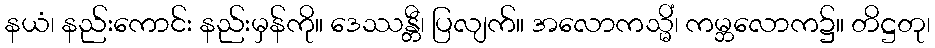
နယံ၊ နည်းကောင်း နည်းမှန်ကို။ ဒေဿန္တီ၊ ပြလျက်။ အလောကသ္မိံ၊ ကမ္ဘလောက၌။ တိဋ္ဌတု၊